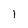
Character: l